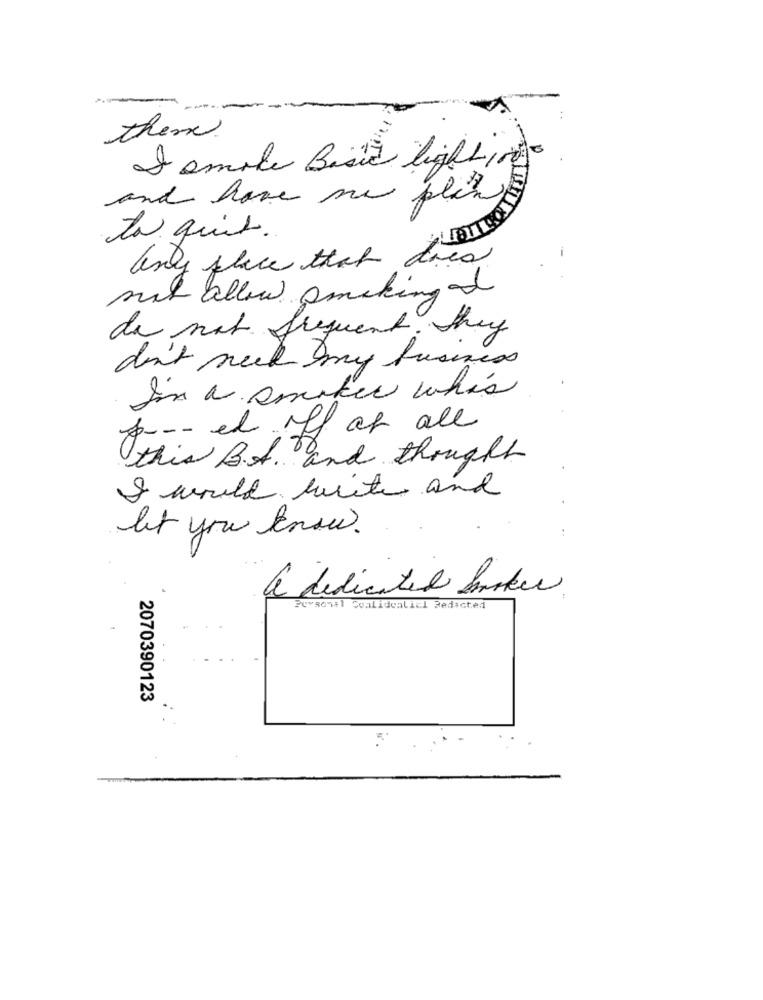
them.
Jomole Basic lighting
and have me plans
to quit.
any place that does
mit allen smoking d
de nat frequent. They
don't seek my business
In a smaker whis
f -- - el ff of all
this B.t. and thought
I would write and
let you know.
a dedicated busker
Personal Coalidealicl Redacted
2070390123